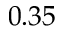
0 . 3 5